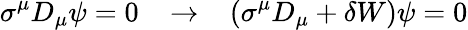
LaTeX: \sigma^{\mu}D_{\mu}\psi=0\; \; \; \rightarrow\; \; \; (\sigma^{\mu}D_{\mu}+\delta W)\psi=0